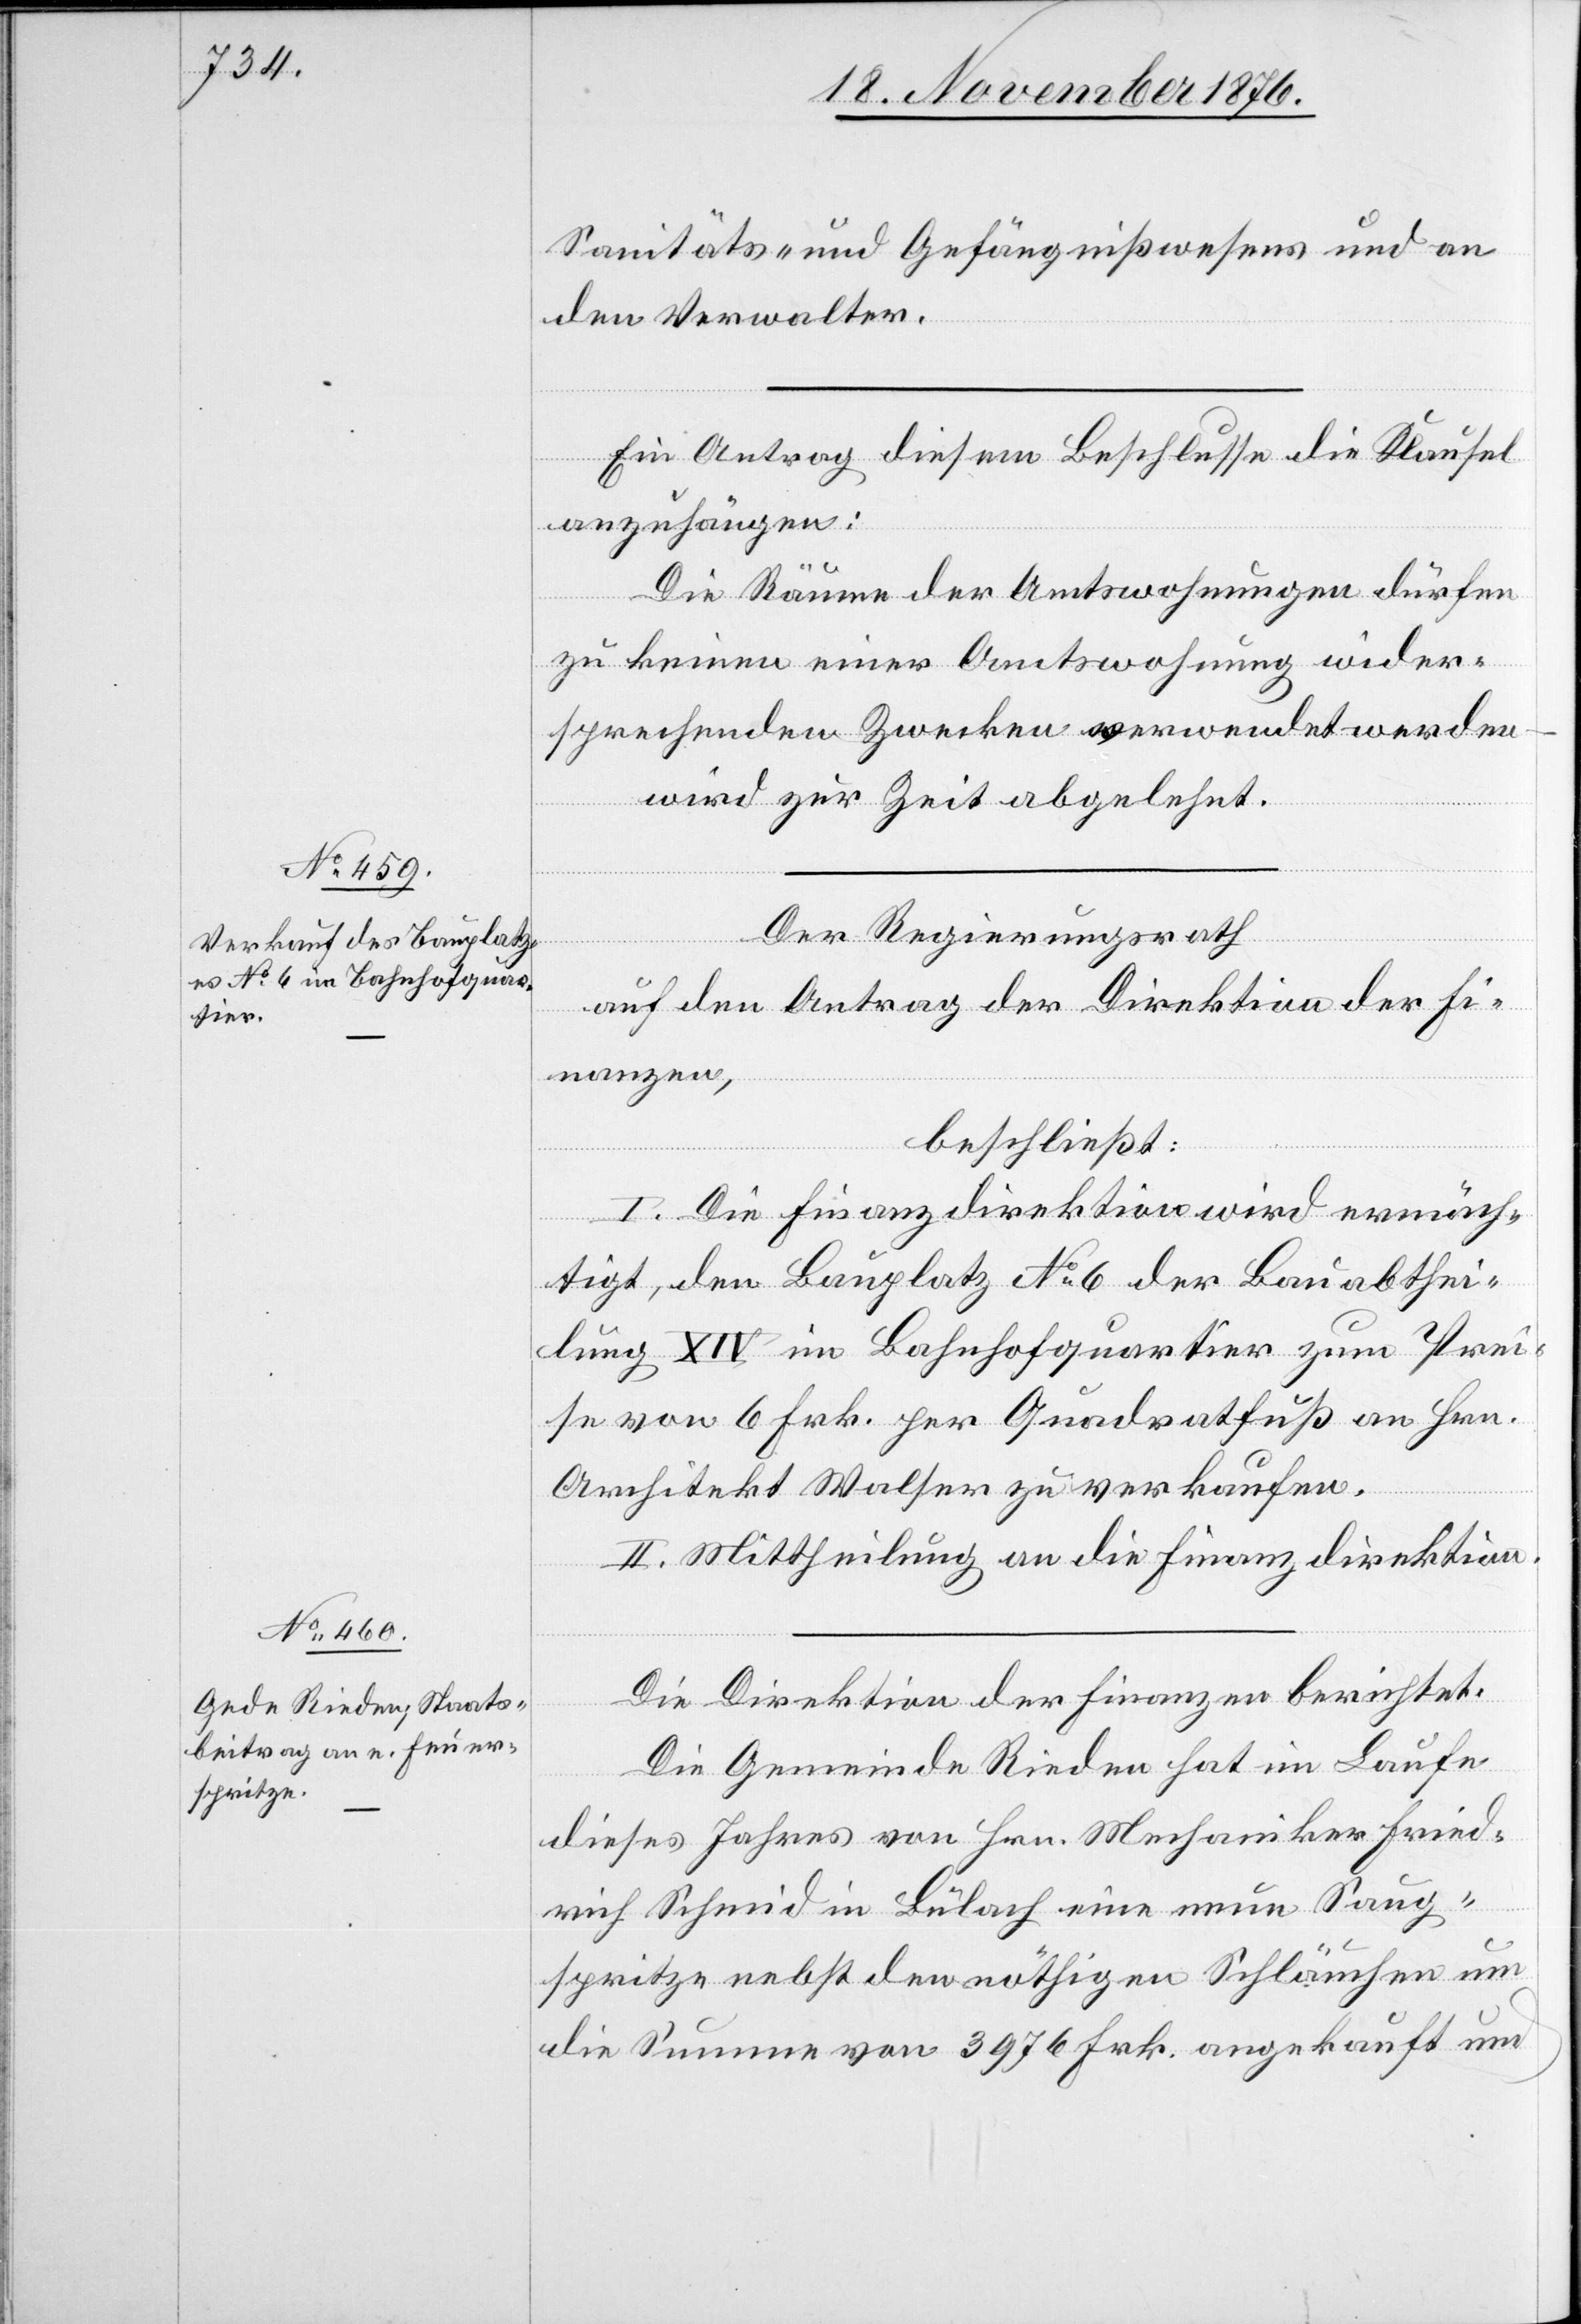
Sanitäts- und Gefängnißwesens und an
den Verwalter.
Ein Antrag diesem Beschlusse die Klausel
anzuhängen:
Die Räume der Amtswohnungen dürfen
zu keinen einer Amtswohnung wider¬
sprechenden Zwecken verwendet werden
wird zur Zeit abgelehnt.
Der Regierungsrath
auf den Antrag der Direktion der Fi¬
nanzen,
beschließt:
I. Die Finanzdirektion wird ermäch¬
tig, den Bauplatz No 6 der Bauabthei¬
lung XIV im Bahnhofquartier zum Prei¬
se von 6 Frk. per Quadratfuß an Hrn.
Architekt Walser zu verkaufen.
II. Mittheilung an die Finanzdirektion.
Die Direktion der Finanzen berichtet:
Die Gemeinde Rieden hat im Laufe
dieses Jahres von Hrn. Mechaniker Fried¬
rich Schmid in Bülach eine neue Saug¬
spritze nebst den nöthigen Schläuchen um
die Summe von 3976 Frk. angekauft und